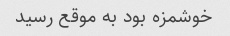
خوشمزه بود به موقع رسید